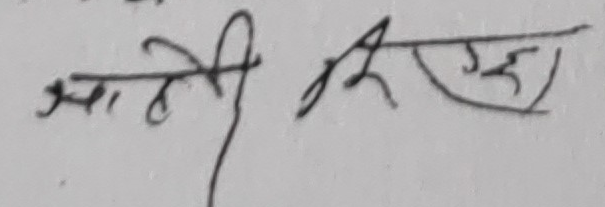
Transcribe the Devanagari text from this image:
आहे गए